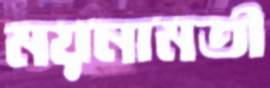
ময়নামতী